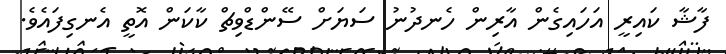
ފާޝާ ކައިރީ އަހައިގެން އާރިން ހެނދުނު ސަޔަށް ސޭންޑްވިޗް ކާކަން އޮތީ އެނގިފައެވެ.